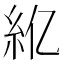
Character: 𫃝